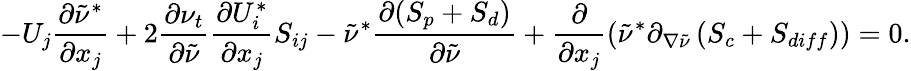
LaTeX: -U_{j}\frac{\partial\tilde{\nu}^{*}}{\partial x_{j}}+2\frac{\partial\nu_{t}}{\partial\tilde{\nu}}\frac{\partial U_{i}^{*}}{\partial x_{j}}S_{ij}-\tilde{\nu}^{*}\frac{\partial(S_{p}+S_{d})}{\partial\tilde{\nu}}+\frac{\partial}{\partial x_{j}}\left(\tilde{\nu}^{*}\partial_{\nabla\tilde{\nu}}\left(S_{c}+S_{diff}\right)\right)=0.